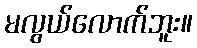
မလွယ်လောက်ဘူး။